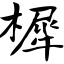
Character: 樨